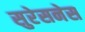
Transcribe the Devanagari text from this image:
सुरेसनेस